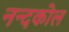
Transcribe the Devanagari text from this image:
नन्दकोल